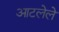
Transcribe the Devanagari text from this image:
आटलेले